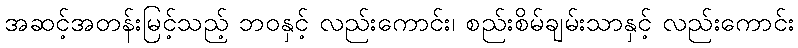
အဆင့်အတန်းမြင့်သည့် ဘဝနှင့် လည်းကောင်း၊ စည်းစိမ်ချမ်းသာနှင့် လည်းကောင်း